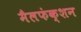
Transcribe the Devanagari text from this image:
मैलफंक्शन